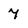
Character: 7